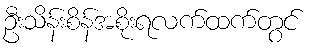
ဦးသိန်းစိန်အစိုးရလက်ထက်တွင်